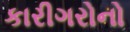
કારીગરોનો